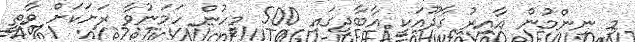
މި ނިންމުން އާއިރު ގާދޫއަކީ އާބާދީގައި 500 މީހުން ހަމަނުވާ ރަށަކަށް ވާތީ